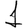
Digit: 1